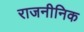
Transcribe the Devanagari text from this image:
राजनीनिक